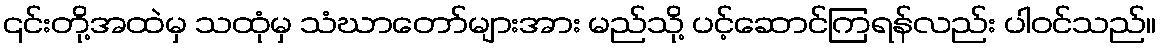
၎င်းတို့အထဲမှ သထုံမှ သံဃာတော်များအား မည်သို့ ပင့်ဆောင်ကြရန်လည်း ပါဝင်သည်။